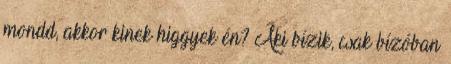
mondd, akkor kinek higgyek én? Aki bízik, csak bízóban